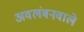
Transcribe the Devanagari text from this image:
अवलंबनवाले